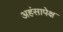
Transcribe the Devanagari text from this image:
अहंसापेक्ष